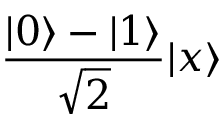
{ \frac { | 0 \rangle - | 1 \rangle } { \sqrt { 2 } } } | x \rangle